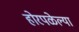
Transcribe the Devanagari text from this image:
होरपळेल्या